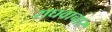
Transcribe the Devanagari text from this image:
राघवाचार